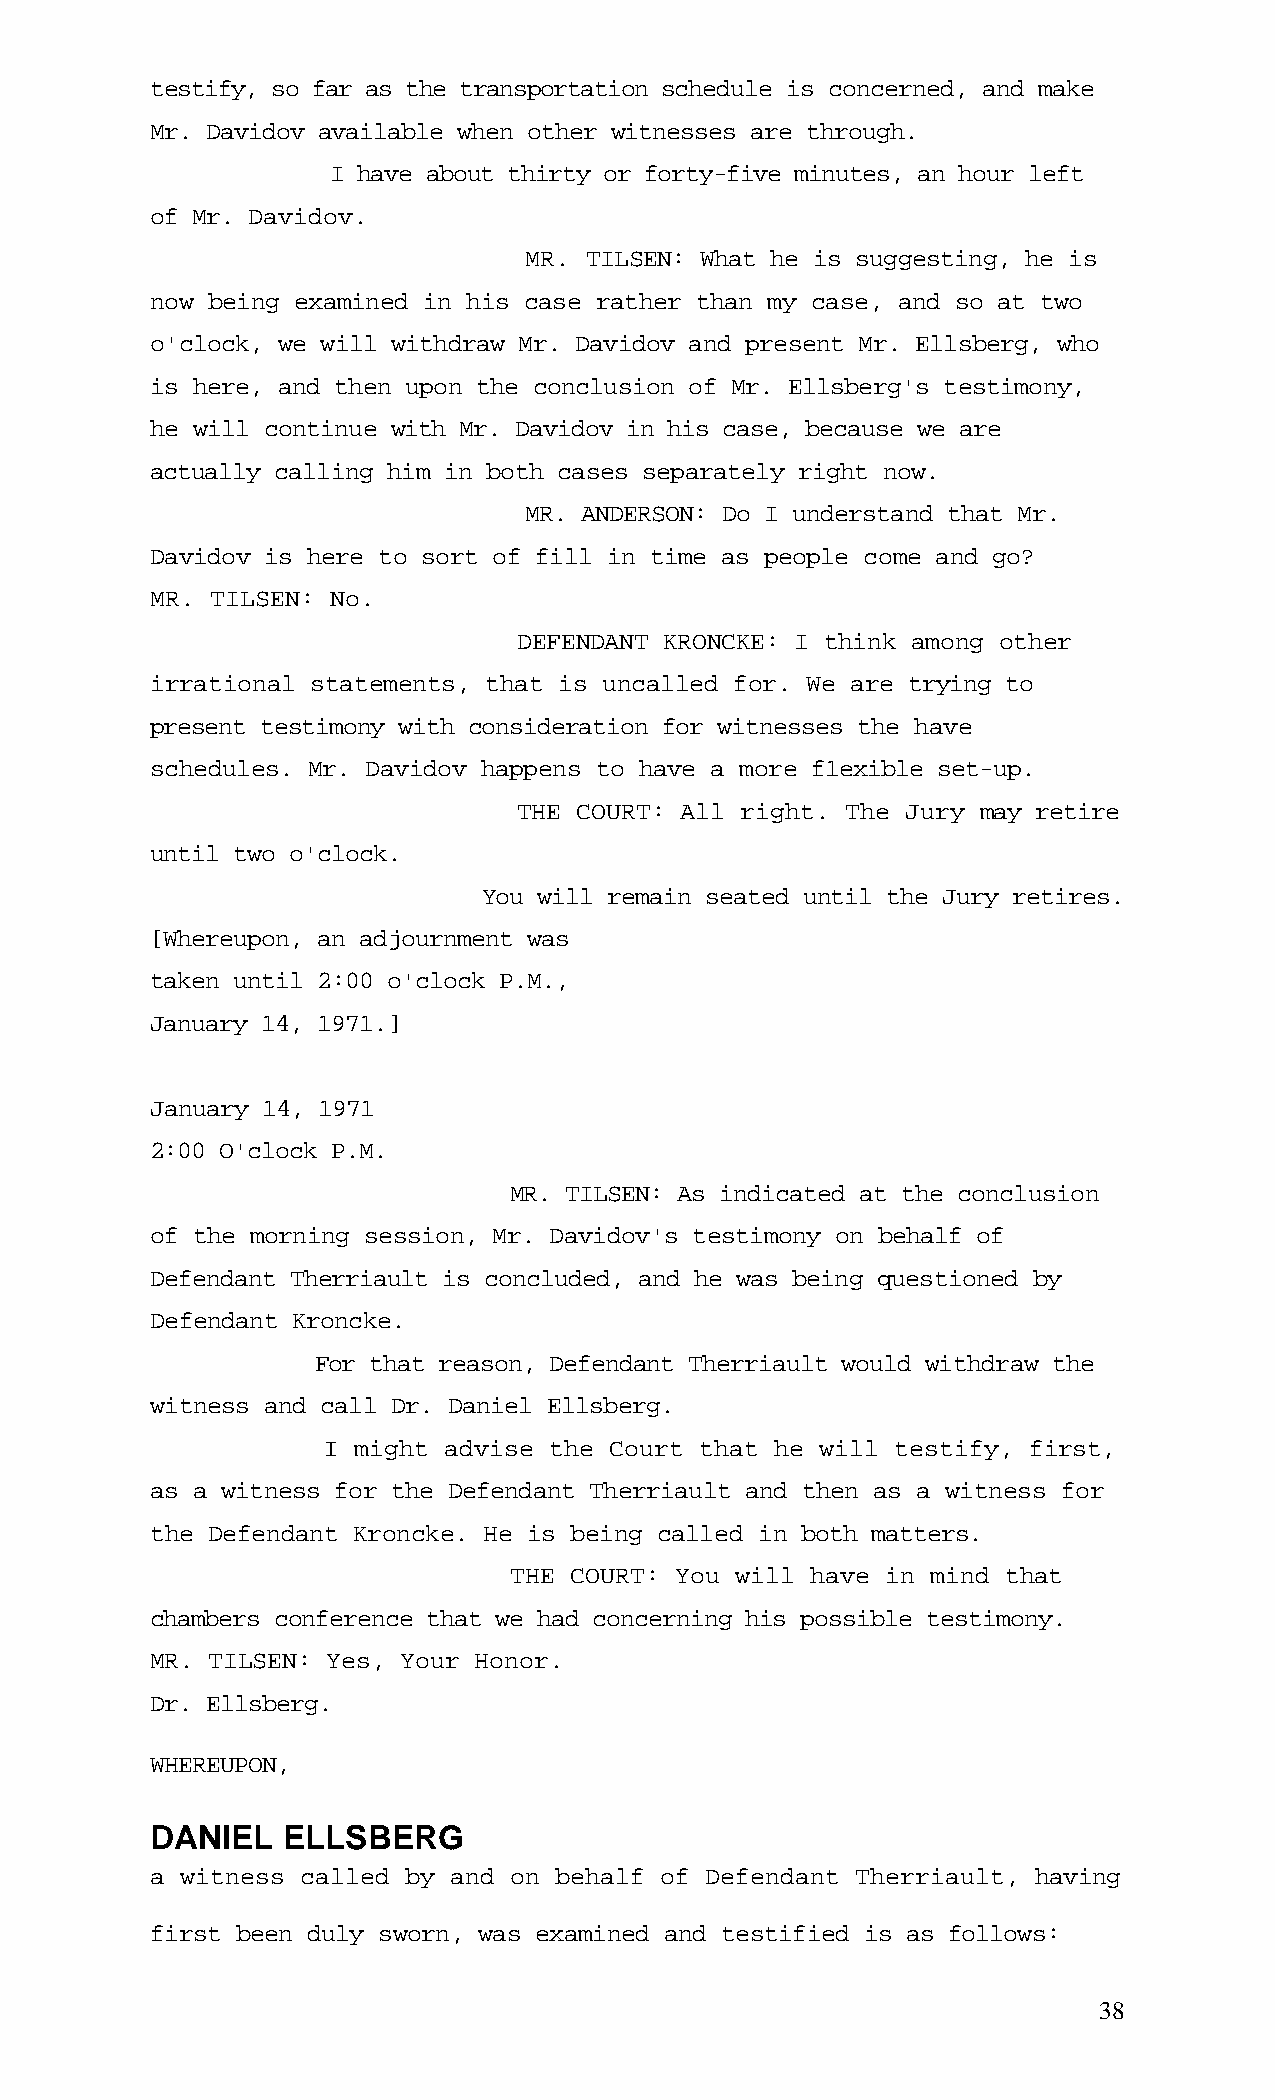
testify, so far as the transportation schedule is concerned, and make
 Mr. Davidov available when other witnesses are through.
 I have about thirty or forty-five minutes, an hour left
 of Mr. Davidov.
 MR. TILSEN: What he is suggesting, he is
 now being examined in his case rather than my case, and so at two
 o'clock, we will withdraw Mr. Davidov and present Mr. Ellsberg, who
 is here, and then upon the conclusion of Mr. Ellsberg's testimony,
 he will continue with Mr. Davidov in his case, because we are
 actually calling him in both cases separately right now.
 MR. ANDERSON: Do I understand that Mr.
 Davidov is here to sort of fill in time as people come and go?
 MR. TILSEN: No.
 DEFENDANT KRONCKE: I think among other
 irrational statements, that is uncalled for. We are trying to
 present testimony with consideration for witnesses the have
 schedules. Mr. Davidov happens to have a more f1exible set-up.
 THE COURT: All right. The Jury may retire
 until two o'clock.
 You will remain seated until the Jury retires.
 [Whereupon, an adjournment was
 taken until 2:00 o'clock P.M.,
 January 14, 1971.]
 January 14, 1971
 2:00 O'clock P.M.
 MR. TILSEN: As indicated at the conclusion
 of the morning session, Mr. Davidov's testimony on behalf of
 Defendant Therriault is concluded, and he was being questioned by
 Defendant Kroncke.
 For that reason, Defendant Therriault would withdraw the
 witness and call Dr. Daniel Ellsberg.
 I might advise the Court that he will testify, first,
 as a witness for the Defendant Therriault and then as a witness for
 the Defendant Kroncke. He is being called in both matters.
 THE COURT: You will have in mind that
 chambers conference that we had concerning his possible testimony.
 MR. TILSEN: Yes, Your Honor.
 Dr. Ellsberg.
 WHEREUPON,
 DANIEL   ELLSBERG
 a witness called by and on behalf of Defendant Therriault, having
 first been duly sworn, was examined and testified is as follows:
 38